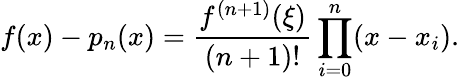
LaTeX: f(x)-p_{n}(x)={\frac{f^{(n+1)}(\xi)}{(n+1)!}}\prod_{i=0}^{n}(x-x_{i}).